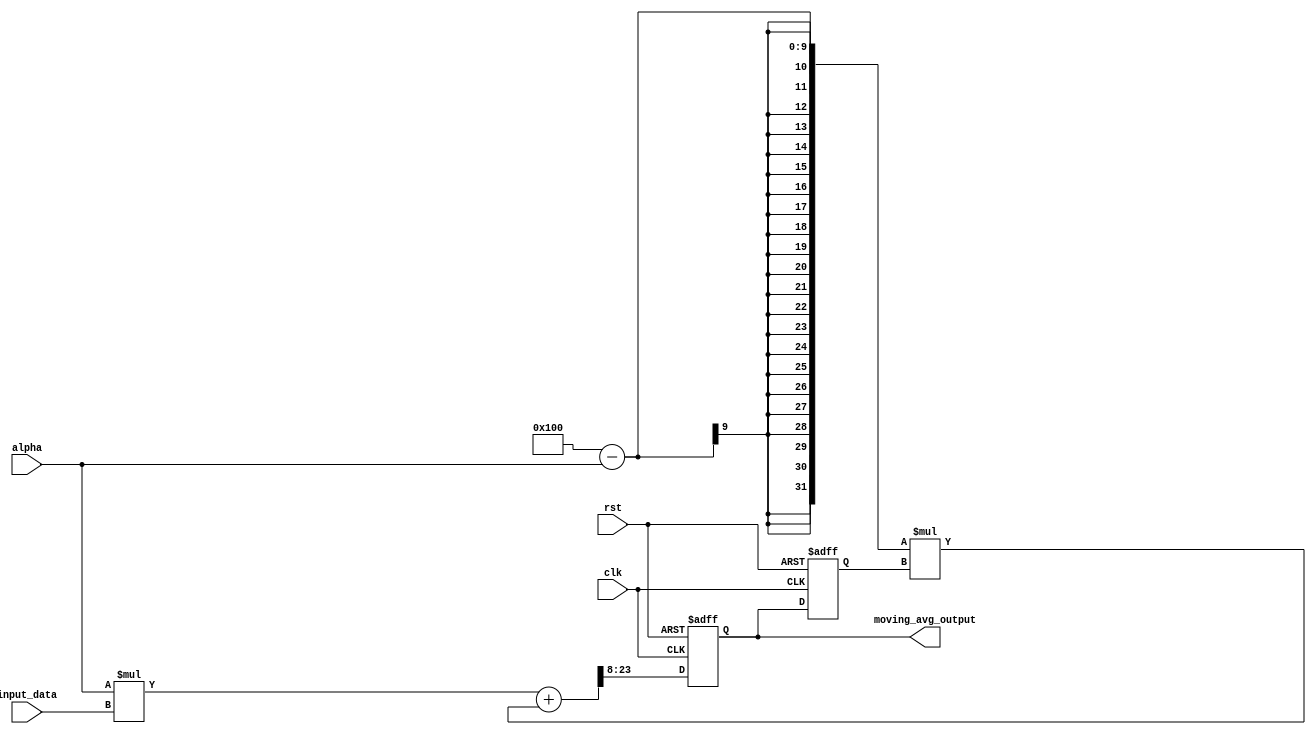
module ExpMovingAvgAccumulator (
    input wire clk,
    input wire rst,
    input wire [7:0] input_data,
    input wire [7:0] alpha,
    output reg [15:0] moving_avg_output
);

reg [15:0] prev_moving_avg;

always @(posedge clk or posedge rst) begin
    if (rst) begin
        prev_moving_avg <= 0;
        moving_avg_output <= 0;
    end else begin
        moving_avg_output <= (alpha * input_data + (256 - alpha) * prev_moving_avg) >> 8;
        prev_moving_avg <= moving_avg_output;
    end
end

endmodule